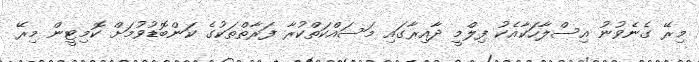
މިރޭ ގެނެވުނު އިސްލާހަކާއެކު ފިލްމީ ދާއިރާގައި މަސައްކަތްކުރާ ފަރާތްތަކުގެ ކަންބޮޑުވުމަށް ކޮމިޓީން މިރޭ